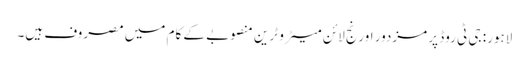
لاہور: جی ٹی روڈ پر مزدور اورنج لائن میٹرو ٹرین منصوبے کے کام میں مصروف ہیں۔